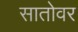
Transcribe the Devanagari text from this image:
सातोवर